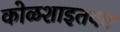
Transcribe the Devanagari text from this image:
कोळशाइतका